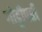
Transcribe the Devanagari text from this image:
गोट्टीपती